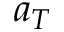
a _ { T }